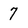
Character: 7